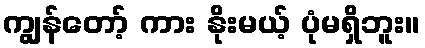
ကျွန်တော့် ကား နိုးမယ့် ပုံမရှိဘူး။